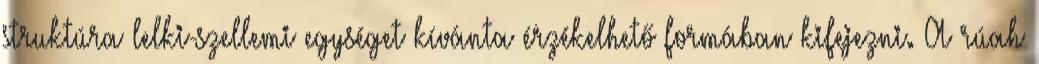
struktúra lelki-szellemi egységet kívánta érzékelhető formában kifejezni. A rúah